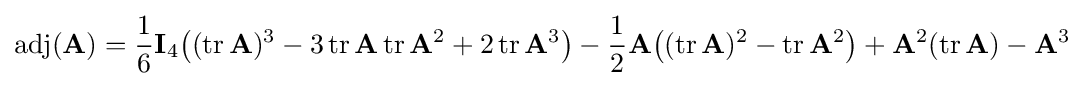
\operatorname {adj} (\mathbf {A} )={\frac {1}{6}}\mathbf {I} _{4}\!\left((\operatorname {tr} \mathbf {A} )^{3}-3\operatorname {tr} \mathbf {A} \operatorname {tr} \mathbf {A} ^{2}+2\operatorname {tr} \mathbf {A} ^{3}\right)-{\frac {1}{2}}\mathbf {A} \!\left((\operatorname {tr} \mathbf {A} )^{2}-\operatorname {tr} \mathbf {A} ^{2}\right)+\mathbf {A} ^{2}(\operatorname {tr} \mathbf {A} )-\mathbf {A} ^{3}